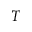
T